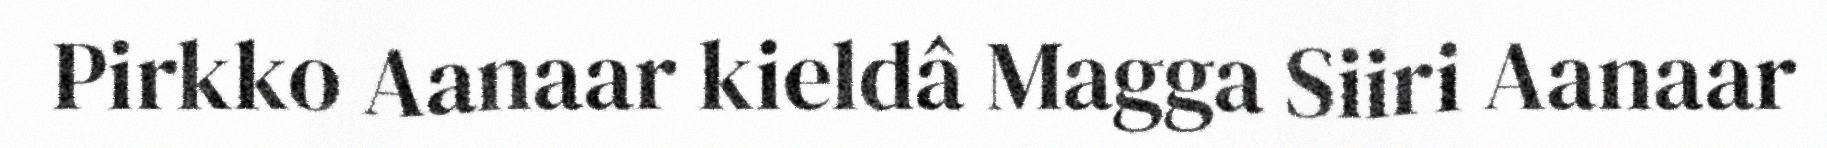
Pirkko Aanaar kieldâ Magga Siiri Aanaar